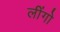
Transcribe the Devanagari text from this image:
लींगो